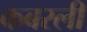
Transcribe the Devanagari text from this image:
कबरली